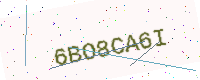
Text: 6BO8CA6I